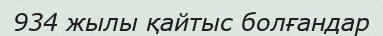
934 жылы қайтыс болғандар